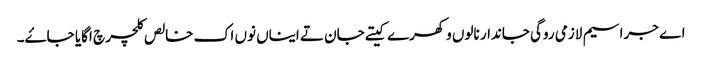
اے جراسیم لازمی روگی جاندار نالوں وکھرے کیتے جان تے ایناں نوں اک خالص کلچر چ اگایا جاۓ۔